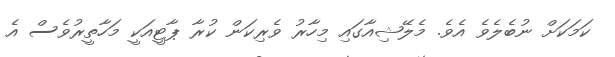
ކަމަކަށް ނުބެލެވެ އެވެ. މެލޭޝިއާގައި މިހާރު ވެރިކަން ކުރާ ޕާޓީއަކީ މަހާތީރުވެސް އެ